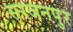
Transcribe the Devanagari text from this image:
सरजनपुर